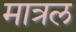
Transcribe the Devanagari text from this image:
मात्रल